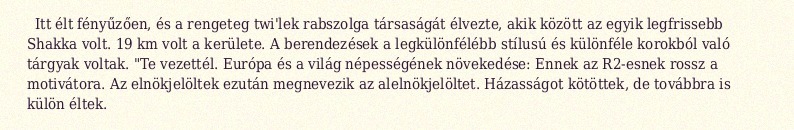
Itt élt fényűzően, és a rengeteg twi'lek rabszolga társaságát élvezte, akik között az egyik legfrissebb Shakka volt. 19 km volt a kerülete. A berendezések a legkülönfélébb stílusú és különféle korokból való tárgyak voltak. "Te vezettél. Európa és a világ népességének növekedése: Ennek az R2-esnek rossz a motivátora. Az elnökjelöltek ezután megnevezik az alelnökjelöltet. Házasságot kötöttek, de továbbra is külön éltek.